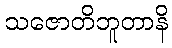
သဇောတိဘူတာနိ